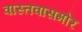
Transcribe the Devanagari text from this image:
वास्तवासमोर